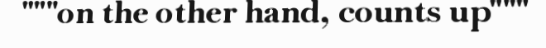
"""on the other hand, counts up"""